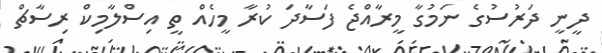
ދީނީ ދަރުސުގެ ނަމުގާ މީރާއްޖެ ފަސާދަ ކުރާ މީހެއް ތީ އިސްލާމިކް ރިސާޗް